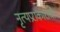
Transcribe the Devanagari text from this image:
नृत्यप्रराकाराची